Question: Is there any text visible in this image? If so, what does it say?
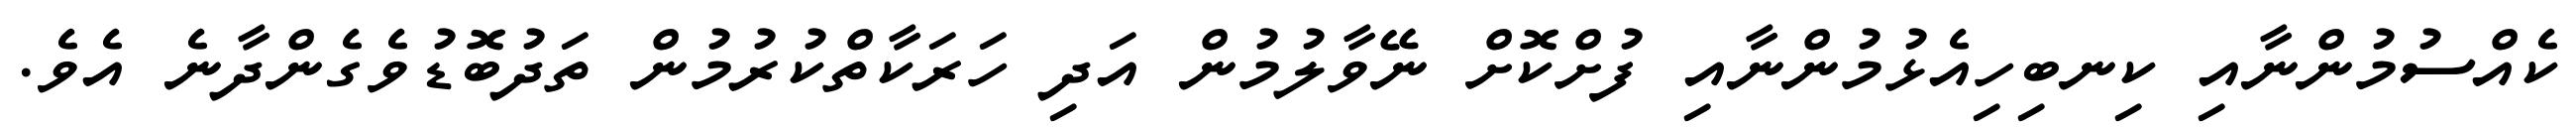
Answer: ކެއްސުމުންނާއި ކިނބިހިއެޅުމުންނާއި ފުށްކޮށް ނޭވާލުމުން އަދި ހަރަކާތްކުރުމުން ތަދުބޮޑުވެގެންދާނެ އެވެ.